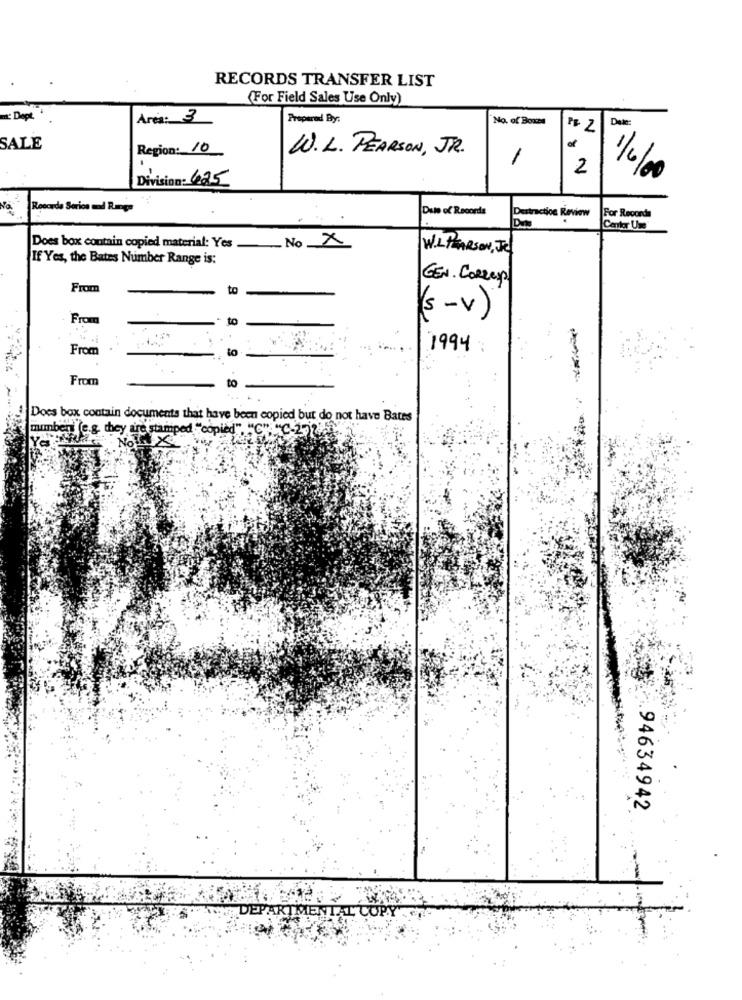
RECORDS TRANSFER LIST
(For Field Sales Use Only)
att Dept.
Area: 3
Prepared By:
No. of Boxes
FF 2
SALE
Region: 10
W.L. PEARSON, JR.
1
2
Division: 625
1/6/00
No.
Rotorde Sorios and Range
Du of Records
Destraction Review
For Record
Center Use
Does box contain copied material: Yes No X
WILPEARSON, JE
If Yes, the Bates Number Range is:
GEN. CORLey
From
to
From
to
(s-v)
..
From
to
1994:
From
to
Does box contain documents that have been copied but do not have Bates
number (e.g. they are stamped "copied", "C"
"C-2725
No X
94634942
JEPA